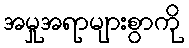
အမှုအရာများစွာကို